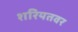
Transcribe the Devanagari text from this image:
शरियतवर